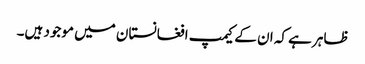
ظاہر ہے کہ ان کے کیمپ افغانستان میں موجود ہیں۔